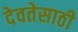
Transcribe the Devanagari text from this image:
देवतेसाठी